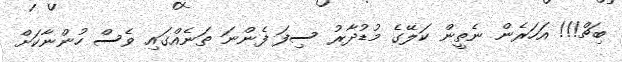
ބިޗް!!! އަހަރެން ނެތީން ކަލޭގެ މުޑުދާރު ސިފަ ފެންނަ ތަނެއްގައި ވެސް ހުންނާކަށް